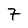
Character: 7